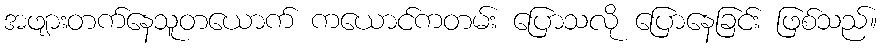
အဖျားတက်နေသူတယောက် ကယောင်ကတမ်း ပြောသလို ပြောနေခြင်း ဖြစ်သည်။